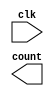
`timescale 1ns / 1ps
//////////////////////////////////////////////////////////////////////////////////
// Company: 
// Engineer: 
// 
// Design Name: 
// Module Name: count_inc
// Project Name: 
// Target Devices: 
// Tool Versions: 
// Description: 
// 
// Dependencies: 
// 
// Revision:
// Revision 0.01 - File Created
// Additional Comments:
// 
//////////////////////////////////////////////////////////////////////////////////


module count_inc(
    input clk,
    output count
    );
endmodule